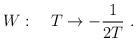
LaTeX: \begin{align*}W :\quad T\rightarrow -\frac{1}{2T} \ .\end{align*}